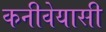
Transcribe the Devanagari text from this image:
कनीवेयासी